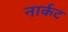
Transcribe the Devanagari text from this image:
नार्कट